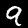
Digit: 9